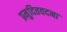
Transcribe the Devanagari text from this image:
प्रमुदितवदना